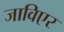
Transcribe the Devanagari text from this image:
जाविएर